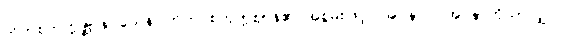
တိကစတုက္ကဇ္ဈာနဝသေန၊ တိက စတုက္ကဈာန်၏ အစွမ်းဖြင့်။ အပ္ပနာဝ၊ အပ္ပနာကိုသာလျှင်။